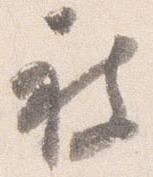
被